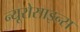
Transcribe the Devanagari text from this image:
न्यूरोसाइन्स